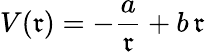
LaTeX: V(\mathfrak{r})=-{\frac{{a}}{{\mathfrak{r}}}}+b\, \mathfrak{r}